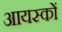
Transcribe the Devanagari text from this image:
आयस्कों